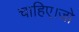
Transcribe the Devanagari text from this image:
चाहिए।जो